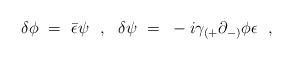
LaTeX: \begin{align*}\delta \phi ~=~ {\bar \epsilon} \psi~~,~~ \delta \psi~=~-i\gamma_{(+}\partial_{-)} \phi \epsilon~~, \end{align*}